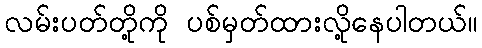
လမ်းပတ်တို့ကို ပစ်မှတ်ထားလို့နေပါတယ်။